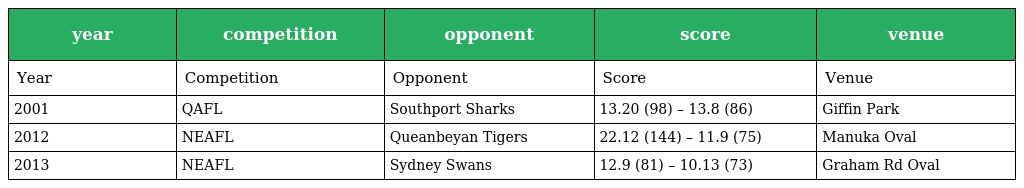
| year | competition | opponent | score | venue |
 | --- | --- | --- | --- | --- |
 | Year | Competition | Opponent | Score | Venue |
 | 2001 | QAFL | Southport Sharks | 13.20 (98) – 13.8 (86) | Giffin Park |
 | 2012 | NEAFL | Queanbeyan Tigers | 22.12 (144) – 11.9 (75) | Manuka Oval |
 | 2013 | NEAFL | Sydney Swans | 12.9 (81) – 10.13 (73) | Graham Rd Oval |